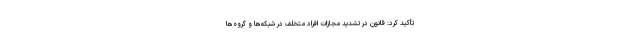
تأکید کرد: قانون در تشدید مجازات افراد متخلف در شبکه‌ها و گروه‌ها